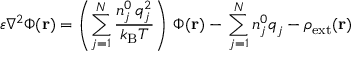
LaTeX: \varepsilon \nabla ^ { 2 } \Phi ( \mathbf { r } ) = \left( \sum _ { j = 1 } ^ { N } { \frac { n _ { j } ^ { 0 } \, q _ { j } ^ { 2 } } { k _ { \mathrm { { B } } } T } } \right) \, \Phi ( \mathbf { r } ) - \, \sum _ { j = 1 } ^ { N } n _ { j } ^ { 0 } q _ { j } - \rho _ { \mathrm { { e x t } } } ( \mathbf { r } )